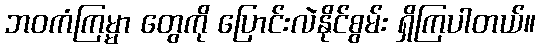
ဘဝကံကြမ္မာ တွေကို ပြောင်းလဲနိုင်စွမ်း ရှိကြပါတယ်။